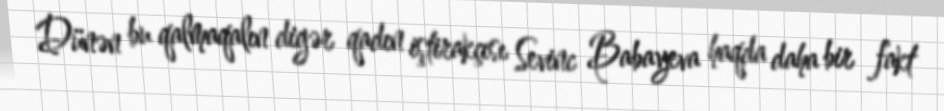
Dünən bu qalmaqalın digər qadın iştirakçısı Sevinc Babayeva haqda daha bir fakt